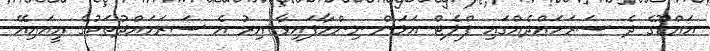
އައްޑޫގެ ދެ ސަރަހައްދެއްގައި ފްލެޓް އަޅަން ނިންމާފައިވާ އިރު އެ ސަރަހައްދުތަކުގެ އީއައިއޭ